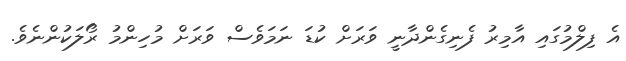
އެ ފިލްމުގައި އާމިރު ފެނިގެންދާނީ ވަރަށް ކުޑަ ނަމަވެސް ވަރަށް މުހިންމު ރޯލަކުންނެވެ.